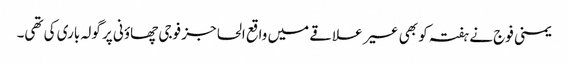
یمنی فوج نے ہفتہ کو بھی عسیر علاقے میں واقع الحاجز فوجی چھاؤنی پر گولہ باری کی تھی۔